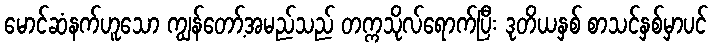
မောင်ဆံနက်ဟူသော ကျွန်တော့်အမည်သည် တက္ကသိုလ်ရောက်ပြီး ဒုတိယနှစ် စာသင်နှစ်မှာပင်